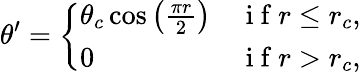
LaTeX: \theta^{\prime}=\left\{ \begin{array}{ll}{\theta_{c}\cos\left(\frac{\pi r}{2}\right)}&{\mathrm{~i~f~}r\leq r_{c},}\\ {0}&{\mathrm{~i~f~}r>r_{c},}\end{array}\right.